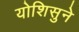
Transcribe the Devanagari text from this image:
योशिसुने